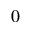
0